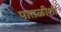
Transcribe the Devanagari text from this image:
पातळीशीं